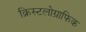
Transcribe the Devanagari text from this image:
क्रिस्टलोग्राफिक